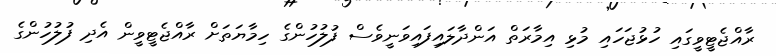
ރާއްޖެޓީވީގައި ހުޅުޖަހައި މުޅި އިމާރަތް އަންދާލައިފައިވަނީވެސް ފުލުހުންގެ ހިމާޔަތަށް ރާއްޖެޓީވީން އެދި ފުލުހުންގެ